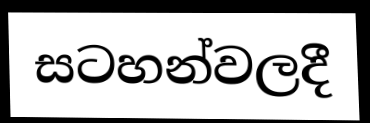
සටහන්වලදී